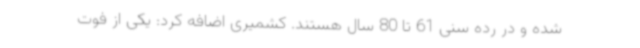
شده و در رده سنی 61 تا 80 سال هستند. کشمیری اضافه کرد: یکی از فوت